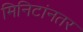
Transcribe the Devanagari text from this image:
मिनिटांनतर